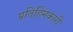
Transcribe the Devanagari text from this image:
प्रतिहिमकारी